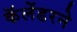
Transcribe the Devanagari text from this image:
कॅलेंडरने